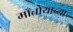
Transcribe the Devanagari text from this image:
माँतोयाच्या